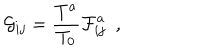
{ \cal G } _ { i j } = { \frac { T ^ { a } } { T _ { 0 } } } { \cal F } _ { i j } ^ { a } ~ ~ ,